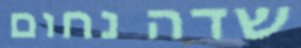
שדה נחום